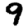
Digit: 9